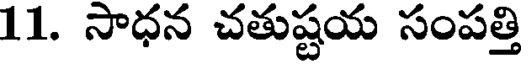
11. సాధన చతుష్టయ సంపత్తి